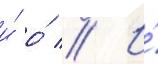
и́ о́ // И́